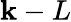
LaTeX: \mathbf{k}-L